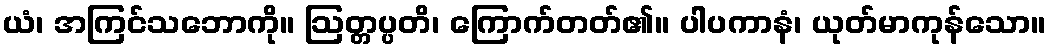
ယံ၊ အကြင်သဘောကို။ ဩတ္တပ္ပတိ၊ ကြောက်တတ်၏။ ပါပကာနံ၊ ယုတ်မာကုန်သော။